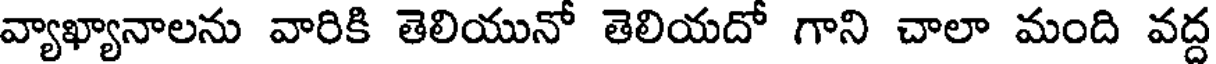
వ్యాఖ్యానాలను వారికి తెలియునో తెలియదో గాని చాలా మంది వద్ద